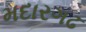
મદારગઢ